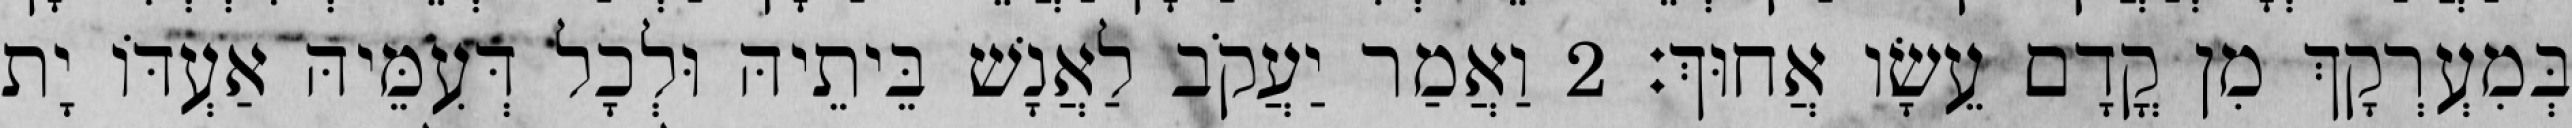
בְּמִעְרְקָךְ מִן קֳדָם עֵשָׂו אֲחוּךְ׃ 2 וַאֲמַר יַעֲקֹב לַאֲנָשׁ בֵּיתֵיהּ וּלְכָל דְּעִמֵּיהּ אַעְדּוֹ יָת